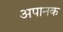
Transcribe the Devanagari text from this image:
अपानक